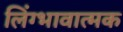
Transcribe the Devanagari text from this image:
लिंग्भावात्मक